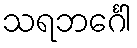
သရဘင်္ဂေါ